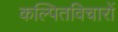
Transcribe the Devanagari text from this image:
कल्पितविचारों